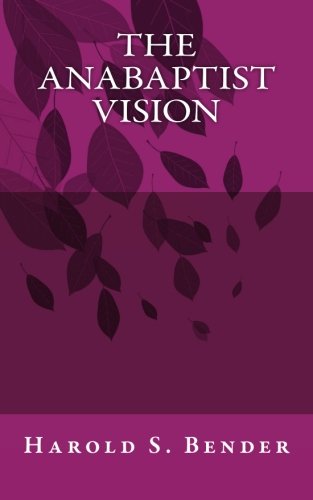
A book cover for The Anabaptist Vision; Harold S. Bender; Christian Books & Bibles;